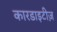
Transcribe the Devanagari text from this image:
कारडाइटीज़